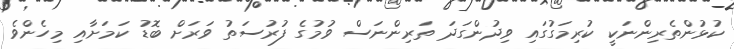
ކުޅުންތެރިންނަކީ ކުރިމަގުގައި ވިދުންގަދަ ތަރިންނަސް ވުމުގެ ފުރުސަތު ވަރަށް ބޮޑު ކަމަށާއި މިހެންވެ